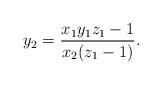
LaTeX: \begin{align*} y_2 = \frac{ x_1 y_1 z_1 - 1}{x_2 (z_1 - 1)}. \end{align*}